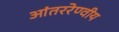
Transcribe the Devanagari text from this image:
आंतररेण्वीय